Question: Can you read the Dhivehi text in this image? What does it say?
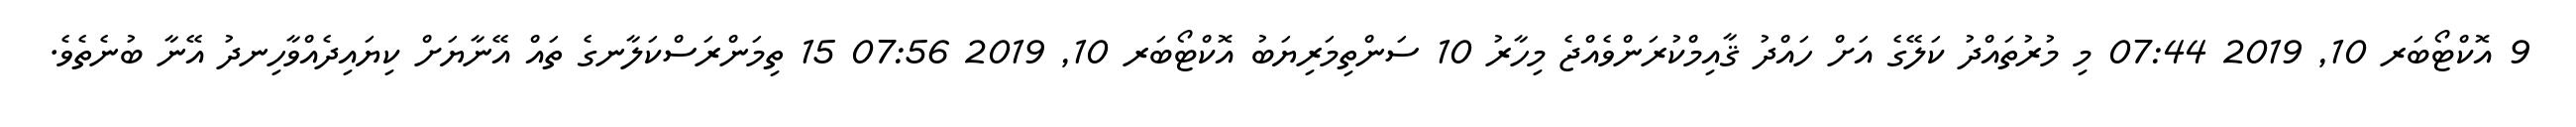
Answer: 9 އޮކްޓޯބަރ 10, 2019 07:44 މި މުރުތައްދު ކަލޭގެ އަށް ހައްދު ޤާއިމްކުރަންވެއްޖެ މިހާރު 10 ސަންތިމަރިޔަބު އޮކްޓޯބަރ 10, 2019 07:56 15 ތިމަންރަސްކަލާނގެ ތައް އޭނާޔަށް ކިޔައިދެއްވާހިނދު އޭނާ ބުނެތެވެ.